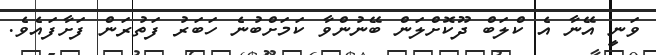
ވަނީ އޭނާ އެ ކްލަބް ދޫކޮށްލަން ބޭނުންވާ ކަމަށްބުނެ ހަބަރު ފަތުރަން ފަށާފައެވެ.